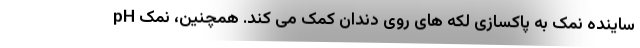
ساینده نمک به پاکسازی لکه های روی دندان کمک می کند. همچنین، نمک pH